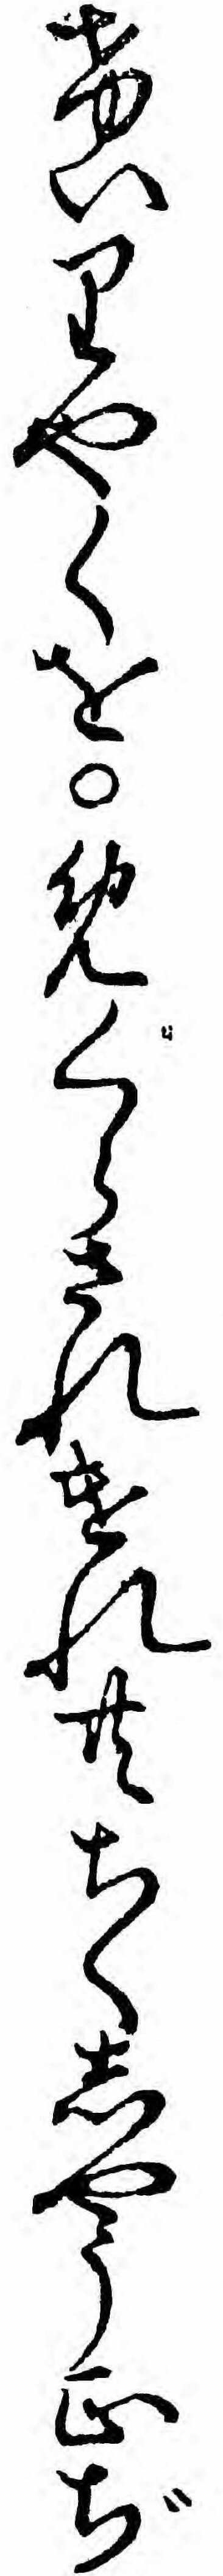
けいりやくをめくらされけれ共ちくしやう正ぢ